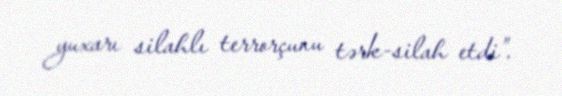
yuxarı silahlı terrorçunu tərk-silah etdi”.